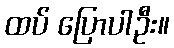
ထပ် ပြောပါဦး။